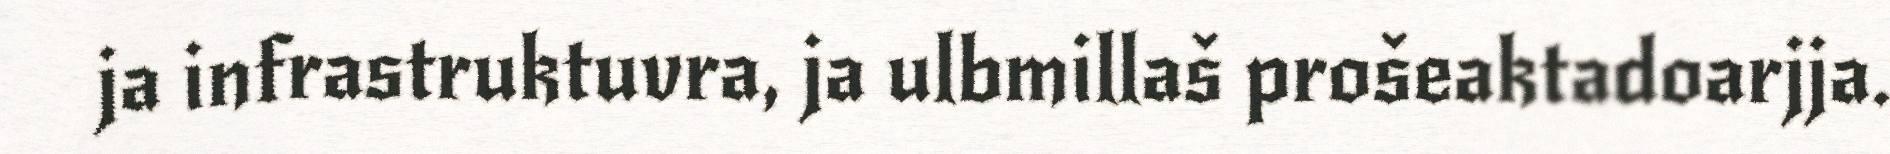
ja infrastruktuvra, ja ulbmillaš prošeaktadoarjja.